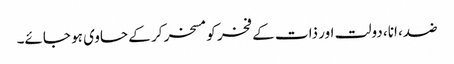
ضد، انا، دولت اور ذات کے فخر کو مسخر کر کے حاوی ہو جائے۔